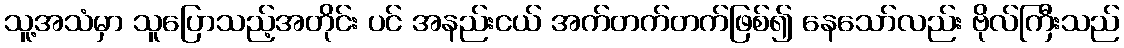
သူ့အသံမှာ သူပြောသည့်အတိုင်း ပင် အနည်းငယ် အက်တက်တက်ဖြစ်၍ နေသော်လည်း ဗိုလ်ကြီးသည်